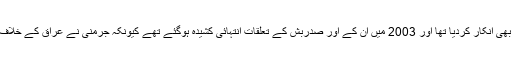
لیکن انہوں نے امریکا کی غیرمشروط حمایت سے بھی انکار کردیا تھا اور 2003 میں ان کے اور صدربش کے تعلقات انتہائی کشیدہ ہوگئے تھے کیونکہ جرمنی نے عراق کے خلاف امریکی جنگ میں بھی تعاون سے انکار کردیا تھا۔